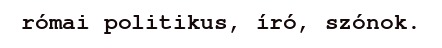
római politikus, író, szónok.